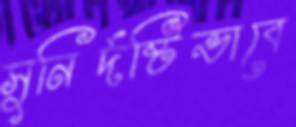
সুনির্দষ্টিভাবে